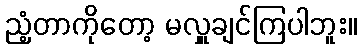
ညံ့တာကိုတော့ မလှူချင်ကြပါဘူး။